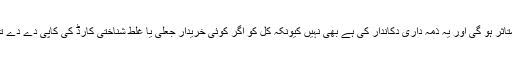
اس سے ہماری خریداری متاثر ہو گی اور یہ ذمہ داری دکاندار کی ہے بھی نہیں کیونکہ کل کو اگر کوئی خریدار جعلی یا غلط شناختی کارڈ کی کاپی دے دے تو اس کا کون ذمہ دار ہوگا۔